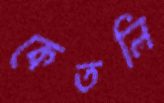
কেতলি